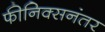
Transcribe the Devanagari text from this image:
फीनिक्सनंतर